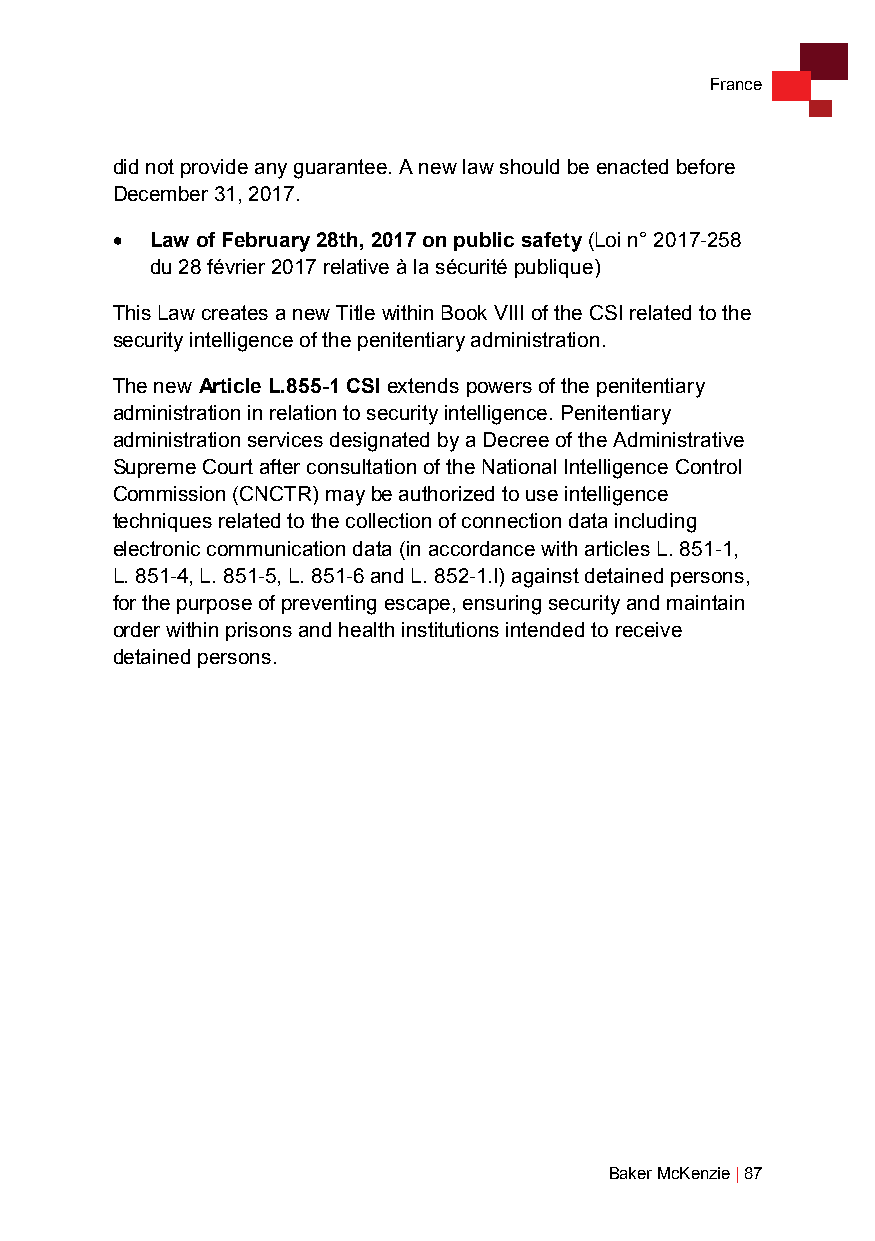
France
 did not provide any guarantee. A new law should be enacted before
 December 31, 2017.
 •  Law of February 28th, 2017 on public safety (Loi n° 2017-258
 du 28 février 2017 relative à la sécurité publique)
 This Law creates a new Title within Book VIII of the CSI related to the
 security intelligence of the penitentiary administration.
 The new Article L.855-1 CSI extends powers of the penitentiary
 administration in relation to security intelligence. Penitentiary
 administration services designated by a Decree of the Administrative
 Supreme Court after consultation of the National Intelligence Control
 Commission (CNCTR) may be authorized to use intelligence
 techniques related to the collection of connection data including
 electronic communication data (in accordance with articles L. 851-1,
 L. 851-4, L. 851-5, L. 851-6 and L. 852-1.I) against detained persons,
 for the purpose of preventing escape, ensuring security and maintain
 order within prisons and health institutions intended to receive
 detained persons.
 Baker McKenzie | 87